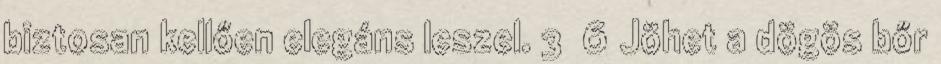
biztosan kellően elegáns leszel. 3 6 Jöhet a dögös bőr